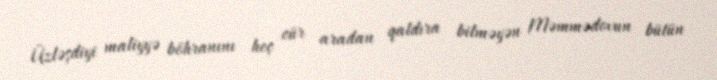
Üzləşdiyi maliyyə böhranını heç cür aradan qaldıra bilməyən Məmmədovun bütün